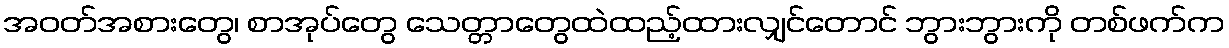
အဝတ်အစားတွေ၊ စာအုပ်တွေ သေတ္တာတွေထဲထည့်ထားလျှင်တောင် ဘွားဘွားကို တစ်ဖက်က